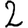
Digit: 2